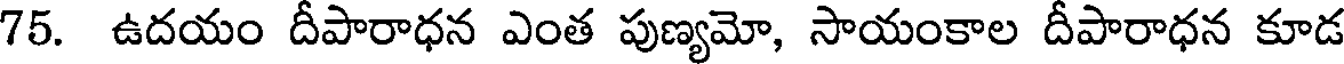
75. ఉదయం దీపారాధన ఎంత పుణ్యమో, సాయంకాల దీపారాధన కూడ